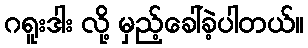
ဂရူးဒါး လို့ မှည့်ခေါ်ခဲ့ပါတယ်။